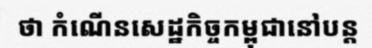
ថា កំណើនសេដ្ឋកិច្ចកម្ពុជានៅបន្ត